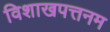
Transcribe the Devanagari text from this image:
विशाखपत्तनम